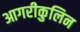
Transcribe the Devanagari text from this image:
आगरीकुलिन